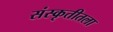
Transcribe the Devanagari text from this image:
संस्कृतीतला